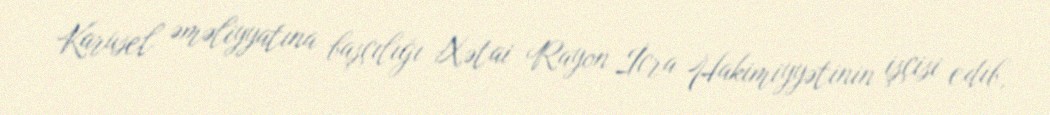
Karusel əməliyyatına başçılığı Xətai Rayon İcra Hakimiyyətinin işçisi edib,